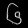
Digit: ၆